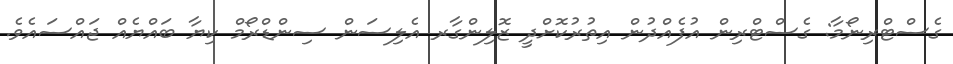
ގެސްޓްރިނޯމާ: ގެސްޓްރިން އުފެއްދުން އިތުރުކޮށްދީ ޒޮލިންގާރ އެލިސަން ސިންޑްރޯމް ކިޔާ ބައްޔެއް ޖައްސައެވެ.